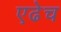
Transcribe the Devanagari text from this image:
एढेच